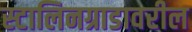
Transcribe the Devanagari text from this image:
स्टालिनग्राडावरील